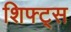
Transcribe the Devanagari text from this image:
शिफ्ट्स